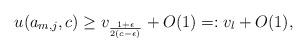
LaTeX: \begin{align*}u(a_{m,j},c)\geq v_{\frac{1+\epsilon}{2(c-\epsilon)}}+O(1) =: v_l+O(1),\end{align*}